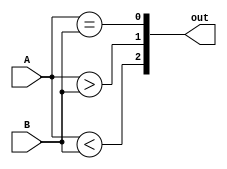
module compare_bh (A, B, out);
    input [3:0] A;
    input [3:0] B;
    output [2:0] out;
    reg [2:0] out;

    always@(A or B) begin
        out[2] = A < B;
        out[1] = A > B;
        out[0] = A == B;
    end
endmodule

module compare_df (A, B, out);
    input [3:0] A;
    input [3:0] B;
    output [2:0] out;

    assign out[2] = A < B;
    assign out[1] = A > B;
    assign out[0] = A == B;
endmodule

module compare_gate (A, B, out);
    input [3:0] A;
    input [3:0] B;
    output [2:0] out;

    not na3(na3, A[3]);
    not na2(na2, A[2]);
    not na1(na1, A[1]);
    not na0(na0, A[0]);
    not nb3(nb3, B[3]);
    not nb2(nb2, B[2]);
    not nb1(nb1, B[1]);
    not nb0(nb0, B[0]);

    and a3nb3(a3nb3, A[3], nb3);
    and na3b3(na3b3, na3, B[3]);
    and a2nb2(a2nb2, A[2], nb2);
    and na2b2(na2b2, na2, B[2]);
    and a1nb1(a1nb1, A[1], nb1);
    and na1b1(na1b1, na1, B[1]);
    and a0nb0(a0nb0, A[0], nb0);
    and na0b0(na0b0, na0, B[0]);

    xnor x3(x3, a3nb3, na3b3);
    xnor x2(x2, a2nb2, na2b2);
    xnor x1(x1, a1nb1, na1b1);
    xnor x0(x0, a0nb0, na0b0);

    and i2and0(i2and0, x3, na2b2);
    and i2and1(i2and1, x3, a2nb2);

    and x3x2(x3x2, x3, x2);
    and i3and0(i3and0, x3x2, na1b1);
    and i3and1(i3and1, x3x2, a1nb1);

    and x3x2x1(x3x2x1, x3x2, x1);
    and i4and0(i4and0, x3x2x1, na0b0);
    and i4and1(i4and1, x3x2x1, a0nb0);

    and(out[0], x3x2x1, x0);

    or out1_0(out1_0, a3nb3, i2and1);
    or out1_1(out1_1, i3and1, i4and1);

    or(out[1], out1_0, out1_1);

    or out2_0(out2_0, na3b3, i2and0);
    or out2_1(out2_1, i3and0, i4and0);

    or(out[2], out2_0, out2_1);
endmodule

module testbench;
    reg [3:0] A;
    reg [3:0] B;
    wire [2:0] out;
    compare_gate compare (A, B, out);
    initial
        begin
            $monitor($time, " A=%b, B=%b, out=%b", A, B, out);
            #0 A=4'b0011; B=4'b0000; // A: 010
            #1 A=4'b1010; B=4'b0001; // A: 010
            #1 A=4'b0001; B=4'b0010; // B: 100
            #1 A=4'b1100; B=4'b0011; // A: 010
            #1 A=4'b1011; B=4'b0100; // A: 010
            #1 A=4'b1010; B=4'b1101; // B: 100
            #1 A=4'b1001; B=4'b1110; // B: 100
            #1 A=4'b1000; B=4'b0111; // A: 010
            #1 A=4'b0111; B=4'b1000; // B: 100
            #1 A=4'b1001; B=4'b1001; // =: 001
            #1 $finish;
        end
endmodule